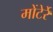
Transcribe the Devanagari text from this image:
मोंटेर्रे